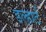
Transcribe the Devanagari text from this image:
डल्हार्ट